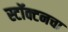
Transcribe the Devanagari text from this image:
स्टॉक्टनचा